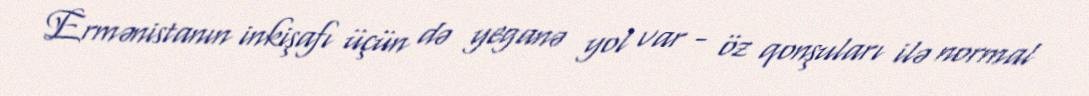
Ermənistanın inkişafı üçün də yeganə yol var - öz qonşuları ilə normal